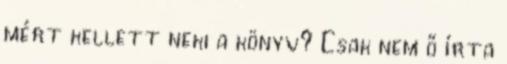
mért kellett neki a könyv? Csak nem ő írta